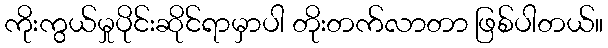
ကိုးကွယ်မှုပိုင်းဆိုင်ရာမှာပါ တိုးတက်လာတာ ဖြစ်ပါတယ်။